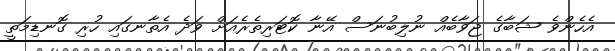
އެހެންވެ ޝަބާގެ ޖަވާބެއް ނުލިބުނަސް އޭނާ ކޮޓަރިތެރެއަށް ވަދެ އެތާނގައި ހުރި ގޮނޑިމަތީ